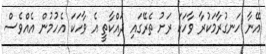
އޭނާ ހަނގުރާމަކުރާ ވާހަކަ ރަށު ތެރޭގައި ދައްކާތީ އެ ވާހަކަ އެހުމުން އެއްވެސް